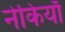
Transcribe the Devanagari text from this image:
नेकियाँ